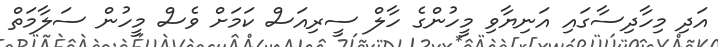
އަދި މިހާދިސާގައި އަނިޔާވި މީހުންގެ ހާލް ސީރިއަސް ކަމަށް ވެސް މީހުން ސަލާމަތް